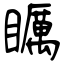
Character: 矋